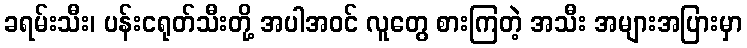
ခရမ်းသီး၊ ပန်းငရုတ်သီးတို့ အပါအဝင် လူတွေ စားကြတဲ့ အသီး အများအပြားမှာ